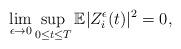
LaTeX: \begin{align*}\lim\limits_{\epsilon\rightarrow0}\sup\limits_{0\leq t\leq T}\mathbb{E}|Z_i^\epsilon(t)|^2=0,\end{align*}